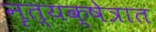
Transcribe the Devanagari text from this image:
नृत्यक्षेत्रात